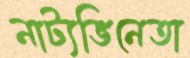
নাট্যভিনেতা